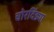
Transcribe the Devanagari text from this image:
चोरदिंड्या